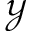
\mathcal { Y }